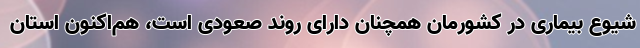
شیوع بیماری در کشورمان همچنان دارای روند صعودی است، هم‌اکنون استان‌